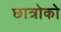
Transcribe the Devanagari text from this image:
छात्रोको